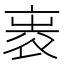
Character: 𧙵